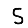
Digit: 5